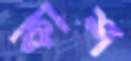
কাশ